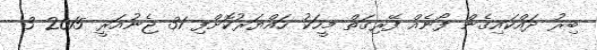
ބިރު ދައްކައިގެން ފޯނެއް ފޭރިގަތް މީހަކު ހައްޔަރުކޮށްފި 31 ޖެނުއަރީ 2015 3